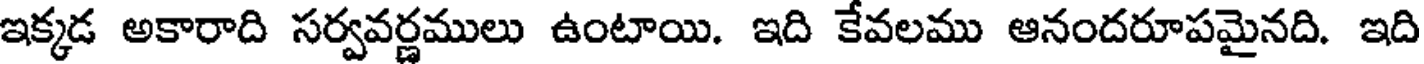
ఇక్కడ అకారాది సర్వవర్ణములు ఉంటాయి. ఇది కేవలము ఆనందరూపమైనది. ఇది